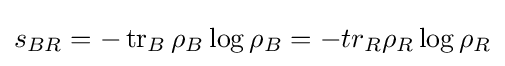
s_{BR}=-\operatorname {tr} _{B}\rho _{B}\log \rho _{B}=-tr_{R}\rho _{R}\log \rho _{R}